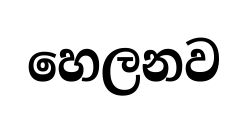
හෙලනව